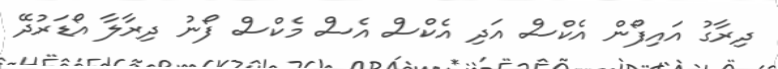
ދިރާގު އައިފޯން އެކްސް އަދި އެކްސް އެސް މެކްސް ފޯނު ދިރާލާ އޯޑަރުދޭ